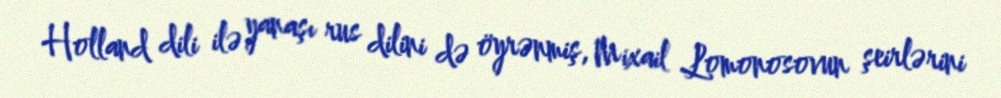
Holland dili ilə yanaşı rus dilini də öyrənmiş, Mixail Lomonosovun şeirlərini